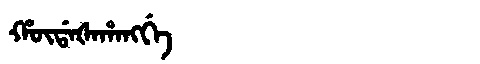
Manchu: ᡥᡡᡩᠠᡧᠠᡥᠠᠩᡤᡝ
Romanization: HŪDAŠAHANGGE